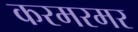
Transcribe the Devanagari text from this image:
करमरमर